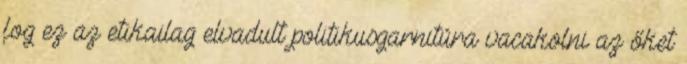
fog ez az etikailag elvadult politikusgarnitúra vacakolni az őket